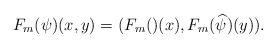
LaTeX: \begin{align*}F_m(\psi)(x,y) = (F_m()(x), F_m(\widehat{\psi})(y)).\end{align*}